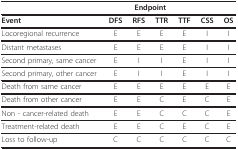
<table><thead><tr><td></td><td></td><td colspan="2"><b>Endpoint</b></td><td></td><td></td><td></td></tr></thead><tbody><tr><td><b>Event</b></td><td><b>DFS</b></td><td><b>RFS</b></td><td><b>TTR</b></td><td><b>TTF</b></td><td><b>CSS</b></td><td><b>OS</b></td></tr><tr><td>Locoregional recurrence</td><td>E</td><td>E</td><td>E</td><td>E</td><td>I</td><td>I</td></tr><tr><td>Distant metastases</td><td>E</td><td>E</td><td>E</td><td>E</td><td>I</td><td>I</td></tr><tr><td>Second primary, same cancer</td><td>E</td><td>I</td><td>I</td><td>E</td><td>I</td><td>I</td></tr><tr><td>Second primary, other cancer</td><td>E</td><td>I</td><td>I</td><td>E</td><td>I</td><td>I</td></tr><tr><td>Death from same cancer</td><td>E</td><td>E</td><td>E</td><td>E</td><td>E</td><td>E</td></tr><tr><td>Death from other cancer</td><td>E</td><td>E</td><td>C</td><td>E</td><td>C</td><td>E</td></tr><tr><td>Non - cancer-related death</td><td>E</td><td>E</td><td>C</td><td>C</td><td>C</td><td>E</td></tr><tr><td>Treatment-related death</td><td>E</td><td>E</td><td>C</td><td>E</td><td>C</td><td>E</td></tr><tr><td>Loss to follow-up</td><td>C</td><td>C</td><td>C</td><td>C</td><td>C</td><td>C</td></tr></tbody></table>